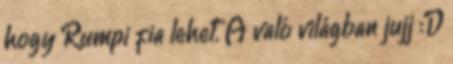
hogy Rumpi fia lehet. A való világban jujj :D